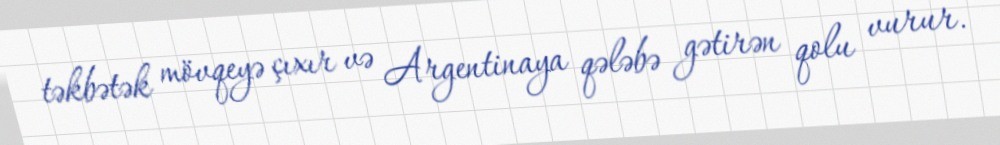
təkbətək mövqeyə çıxır və Argentinaya qələbə gətirən qolu vurur.